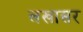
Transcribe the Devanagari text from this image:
लखासर